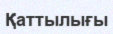
Қаттылығы